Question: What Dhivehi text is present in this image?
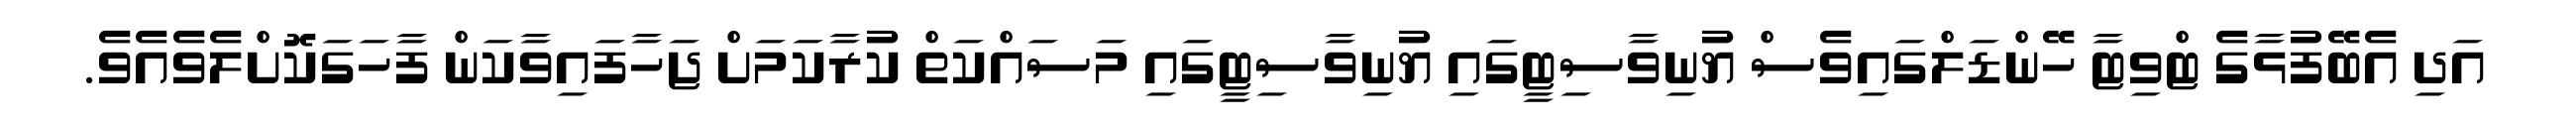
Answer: އަދި އެބޭފުޅާގެ ޓްވިޓާ ހޭންޑަލްގައިވެސް ޔުނިވާސިޓީގައި ޔުނިވާސިޓީގައި މަސައްކަތް ކުރާކަމަށް ޖަހާފައިވާކަން ފާހަގަކޮށްލެވެއެވެ.